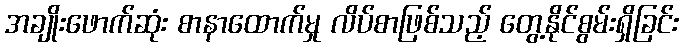
အချိုးဖောက်ဆုံး စာနာထောက်မှု လိပ်စာဖြစ်သည့် တွေ့နိုင်စွမ်းရှိခြင်း